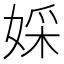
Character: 婇